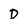
Character: D